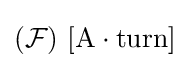
({\mathcal {F}})\ \mathrm {[A\cdot turn]}